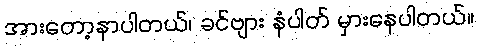
အားတော့နာပါတယ်၊ ခင်ဗျား နံပါတ် မှားနေပါတယ်။